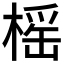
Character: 榣